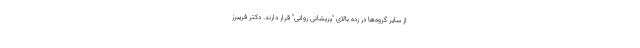
از سایر گروه‌ها در رده بالای "پریشانی روانی" قرار دارند. دکتر فریبرز